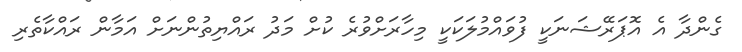
ގެންދާ އެ އޮޕަރޭޝަނަކީ ފުވައްމުލަކަކީ މިހާރަށްވުރެ ކުށް މަދު ރައްޔިތުންނަށް އަމާން ރައްކާތެރި